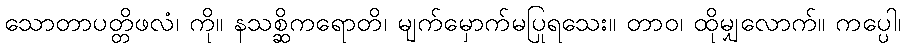
သောတာပတ္တိဖလံ၊ ကို။ နသစ္ဆိကရောတိ၊ မျက်မှောက်မပြုရသေး။ တာဝ၊ ထိုမျှလောက်။ ကပ္ပေါ၊